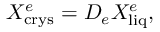
X _ { \mathrm { c r y s } } ^ { e } = D _ { e } X _ { \mathrm { l i q } } ^ { e } ,